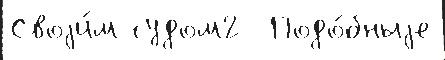
Своjи́м судом2  Подо́бныjе